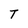
Character: T